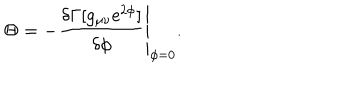
\Theta = - \left. \frac { \delta \Gamma [ g _ { \mu \nu } \mathrm { e } ^ { 2 \phi } ] } { \delta \phi } \right| _ { \phi = 0 } .